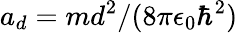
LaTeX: a_{d}=md^{2}/(8\pi\epsilon_{0}\hbar^{2})